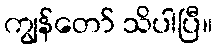
ကျွန်တော် သိပါပြီ။